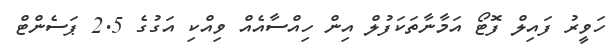
ހަވީރު ފައިލް ފޮޓޯ އަމާނާތަކަފުލް އިން ހިއްސާއެއް ވިއްކި އަގުގެ 2.5 ޕަސެންޓް